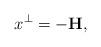
LaTeX: \begin{align*}x^{\bot}=-\mathbf{H},\end{align*}